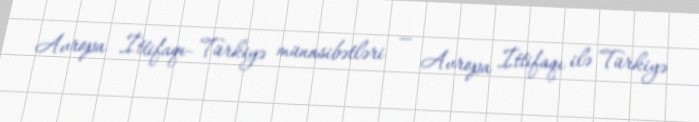
Avropa İttifaqı–Türkiyə münasibətləri — Avropa İttifaqı ilə Türkiyə